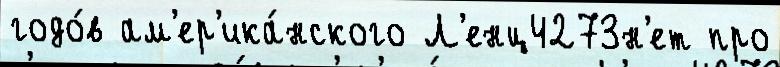
годо́в ам'ер'ика́нского Л'енц4273н'ет про